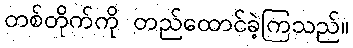
တစ်တိုက်ကို တည်ထောင်ခဲ့ကြသည်။